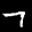
Label: 7